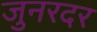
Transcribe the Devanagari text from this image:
जुनरदर